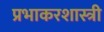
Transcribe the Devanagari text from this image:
प्रभाकरशास्त्री